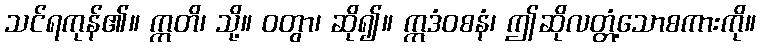
သင်ရကုန်၏။ ဣတိ၊ သို့။ ဝတွာ၊ ဆို၍။ ဣဒံဝစနံ၊ ဤဆိုလတ္တံ့သောစကားကို။